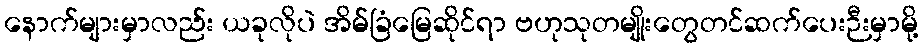
နောက်များမှာလည်း ယခုလိုပဲ အိမ်ခြံမြေဆိုင်ရာ ဗဟုသုတမျိုးတွေတင်ဆက်ပေးဉီးမှာမို့